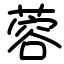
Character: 蓉